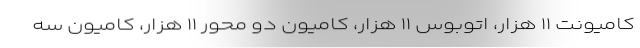
کامیونت ۱۱ هزار، اتوبوس ۱۱ هزار، کامیون دو محور ۱۱ هزار، کامیون سه